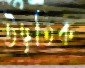
উদ্ধৃতিক